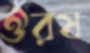
ঔরষ